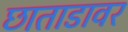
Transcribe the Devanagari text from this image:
छाताडावर